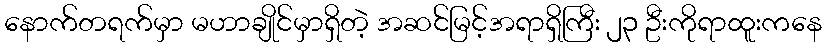
နောက်တရက်မှာ မဟာချိုင်မှာရှိတဲ့ အဆင်မြင့်အရာရှိကြီး ၂၃ ဦးကိုရာထူးကနေ